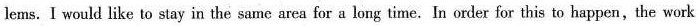
lems. I would like to stay in the same area for a long time. In order for this to happen,the work